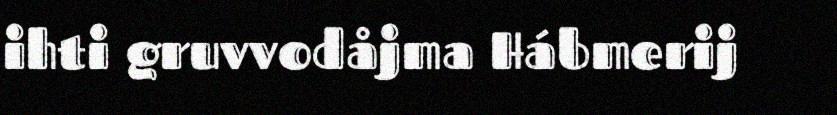
ihti gruvvodåjma Hábmerij